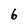
Character: 6